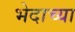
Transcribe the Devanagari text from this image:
भेदाच्या